Problem: 6 × 2 = ?
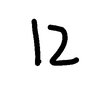
Handwritten answer: 12